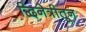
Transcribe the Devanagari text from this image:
द्विनेत्रीतून